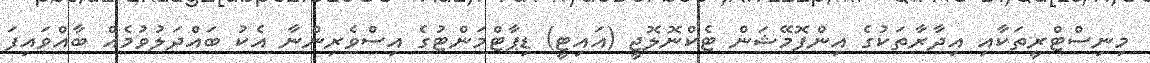
މިނިސްޓްރީތަކާއި އިދާރާތަކުގެ އިންފޮމޭޝަން ޓެކްނޮލޮޖީ (އައިޓީ) ޑިޕާޓްމަންޓުގެ އިސްވެރިންނާ އެކު ބައްދަލުވުމެއް ބާއްވައިފަ